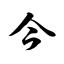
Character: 今